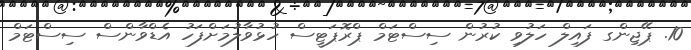
10. ޕޭޖިންގ ފައިލް ހަލުވި ކުރުން ސިސްޓަމް ޕްރޮޕަޓީސް ހުޅުވާލުމަށްފަހު އެޑްވާންސް ސިސްޓަމް